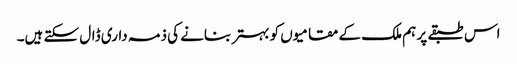
اس طبقے پر ہم ملک کے مقامیوں کو بہتر بنانے کی ذمہ داری ڈال سکتے ہیں۔